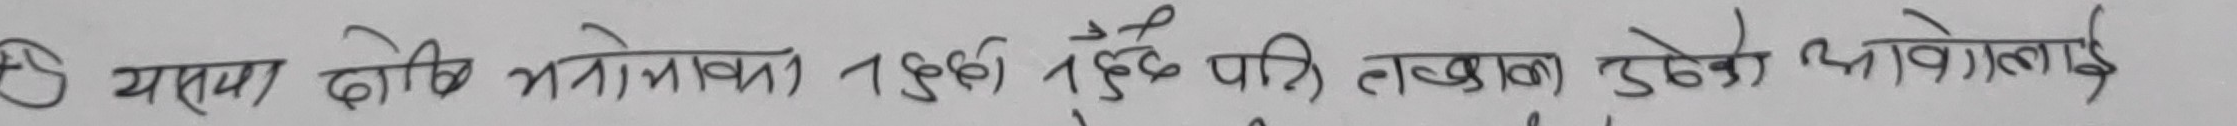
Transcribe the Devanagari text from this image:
यसका दोडिभ भागका १६०६ देखि १६६० सम्मको ताला फुकालो भावलाई